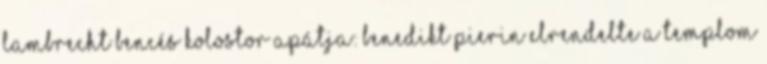
Lambrecht bencés kolostor apátja: Benedikt Pierin elrendelte a templom